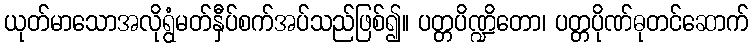
ယုတ်မာသောအလိုရွံမတ်နှီပ်စက်အပ်သည်ဖြစ်၍။ ပတ္တပိဏ္ဍိတော၊ ပတ္တပိုဏ်ဓုတင်ဆောက်